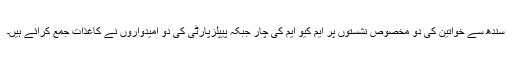
سندھ سے خواتین کی دو مخصوص نشستوں پر ایم کیو ایم کی چار جبکہ پیپلزپارٹی کی دو امیدواروں نے کاغذات جمع کرائے ہیں۔